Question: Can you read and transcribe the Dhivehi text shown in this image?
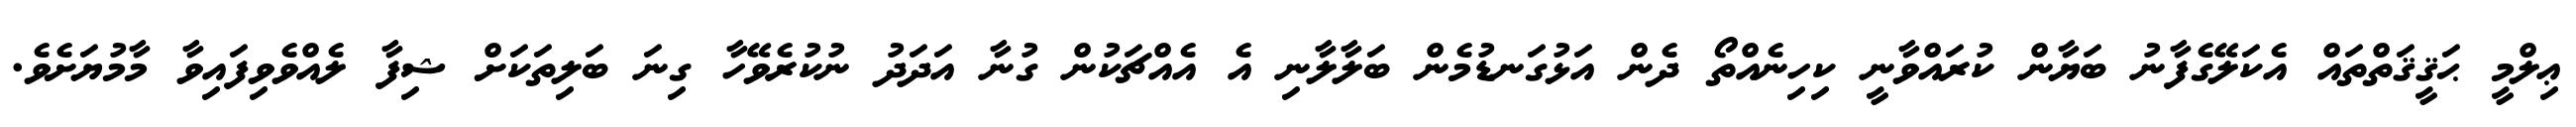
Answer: ޢިލްމީ ޙަޤީޤަތްތައް އެކަލޭގެފާނު ބަޔާން ކުރައްވާނީ ކިހިނެއްތޯ ދެން އަޅުގަނޑުމެން ބަލާލާނި އެ އެއްޗަކުން ގުނާ އަދަދު ނުކުރެވޭހާ ގިނަ ބަލިތަކަށް ޝިފާ ލެއްވެވިފައިވާ މާމުޔަށެވެ.